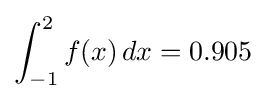
\int _{-1}^{2}f(x)\,dx=0.905